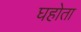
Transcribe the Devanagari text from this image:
घहोता